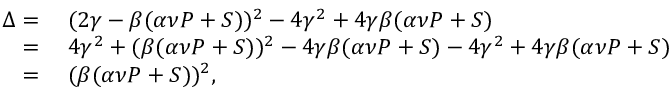
\begin{array} { r l } { \Delta = } & { \; ( 2 \gamma - \beta ( \alpha \nu P + S ) ) ^ { 2 } - 4 \gamma ^ { 2 } + 4 \gamma \beta ( \alpha \nu P + S ) } \\ { = } & { \; 4 \gamma ^ { 2 } + ( \beta ( \alpha \nu P + S ) ) ^ { 2 } - 4 \gamma \beta ( \alpha \nu P + S ) - 4 \gamma ^ { 2 } + 4 \gamma \beta ( \alpha \nu P + S ) } \\ { = } & { \; ( \beta ( \alpha \nu P + S ) ) ^ { 2 } , } \end{array}